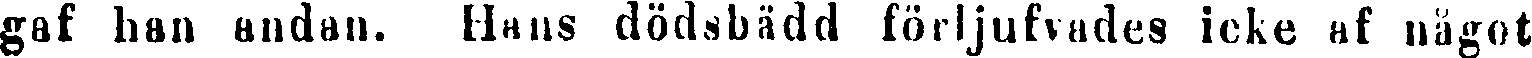
gaf han andan. Hans dödsbädd förljufvades icke af något